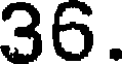
36.